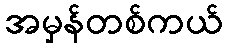
အမှန်တစ်ကယ်